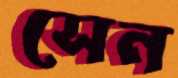
সেন